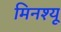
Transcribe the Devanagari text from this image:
मिनश्यू